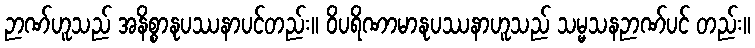
ဉာဏ်ဟူသည် အနိစ္စာနုပဿနာပင်တည်း။ ဝိပရိဏာမာနုပဿနာဟူသည် သမ္မသနဉာဏ်ပင် တည်း။